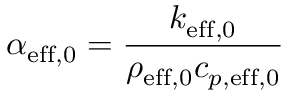
\alpha _ { \mathrm { e f f , 0 } } = \frac { k _ { \mathrm { e f f , 0 } } } { \rho _ { \mathrm { e f f , 0 } } c _ { p , \mathrm { e f f , 0 } } }